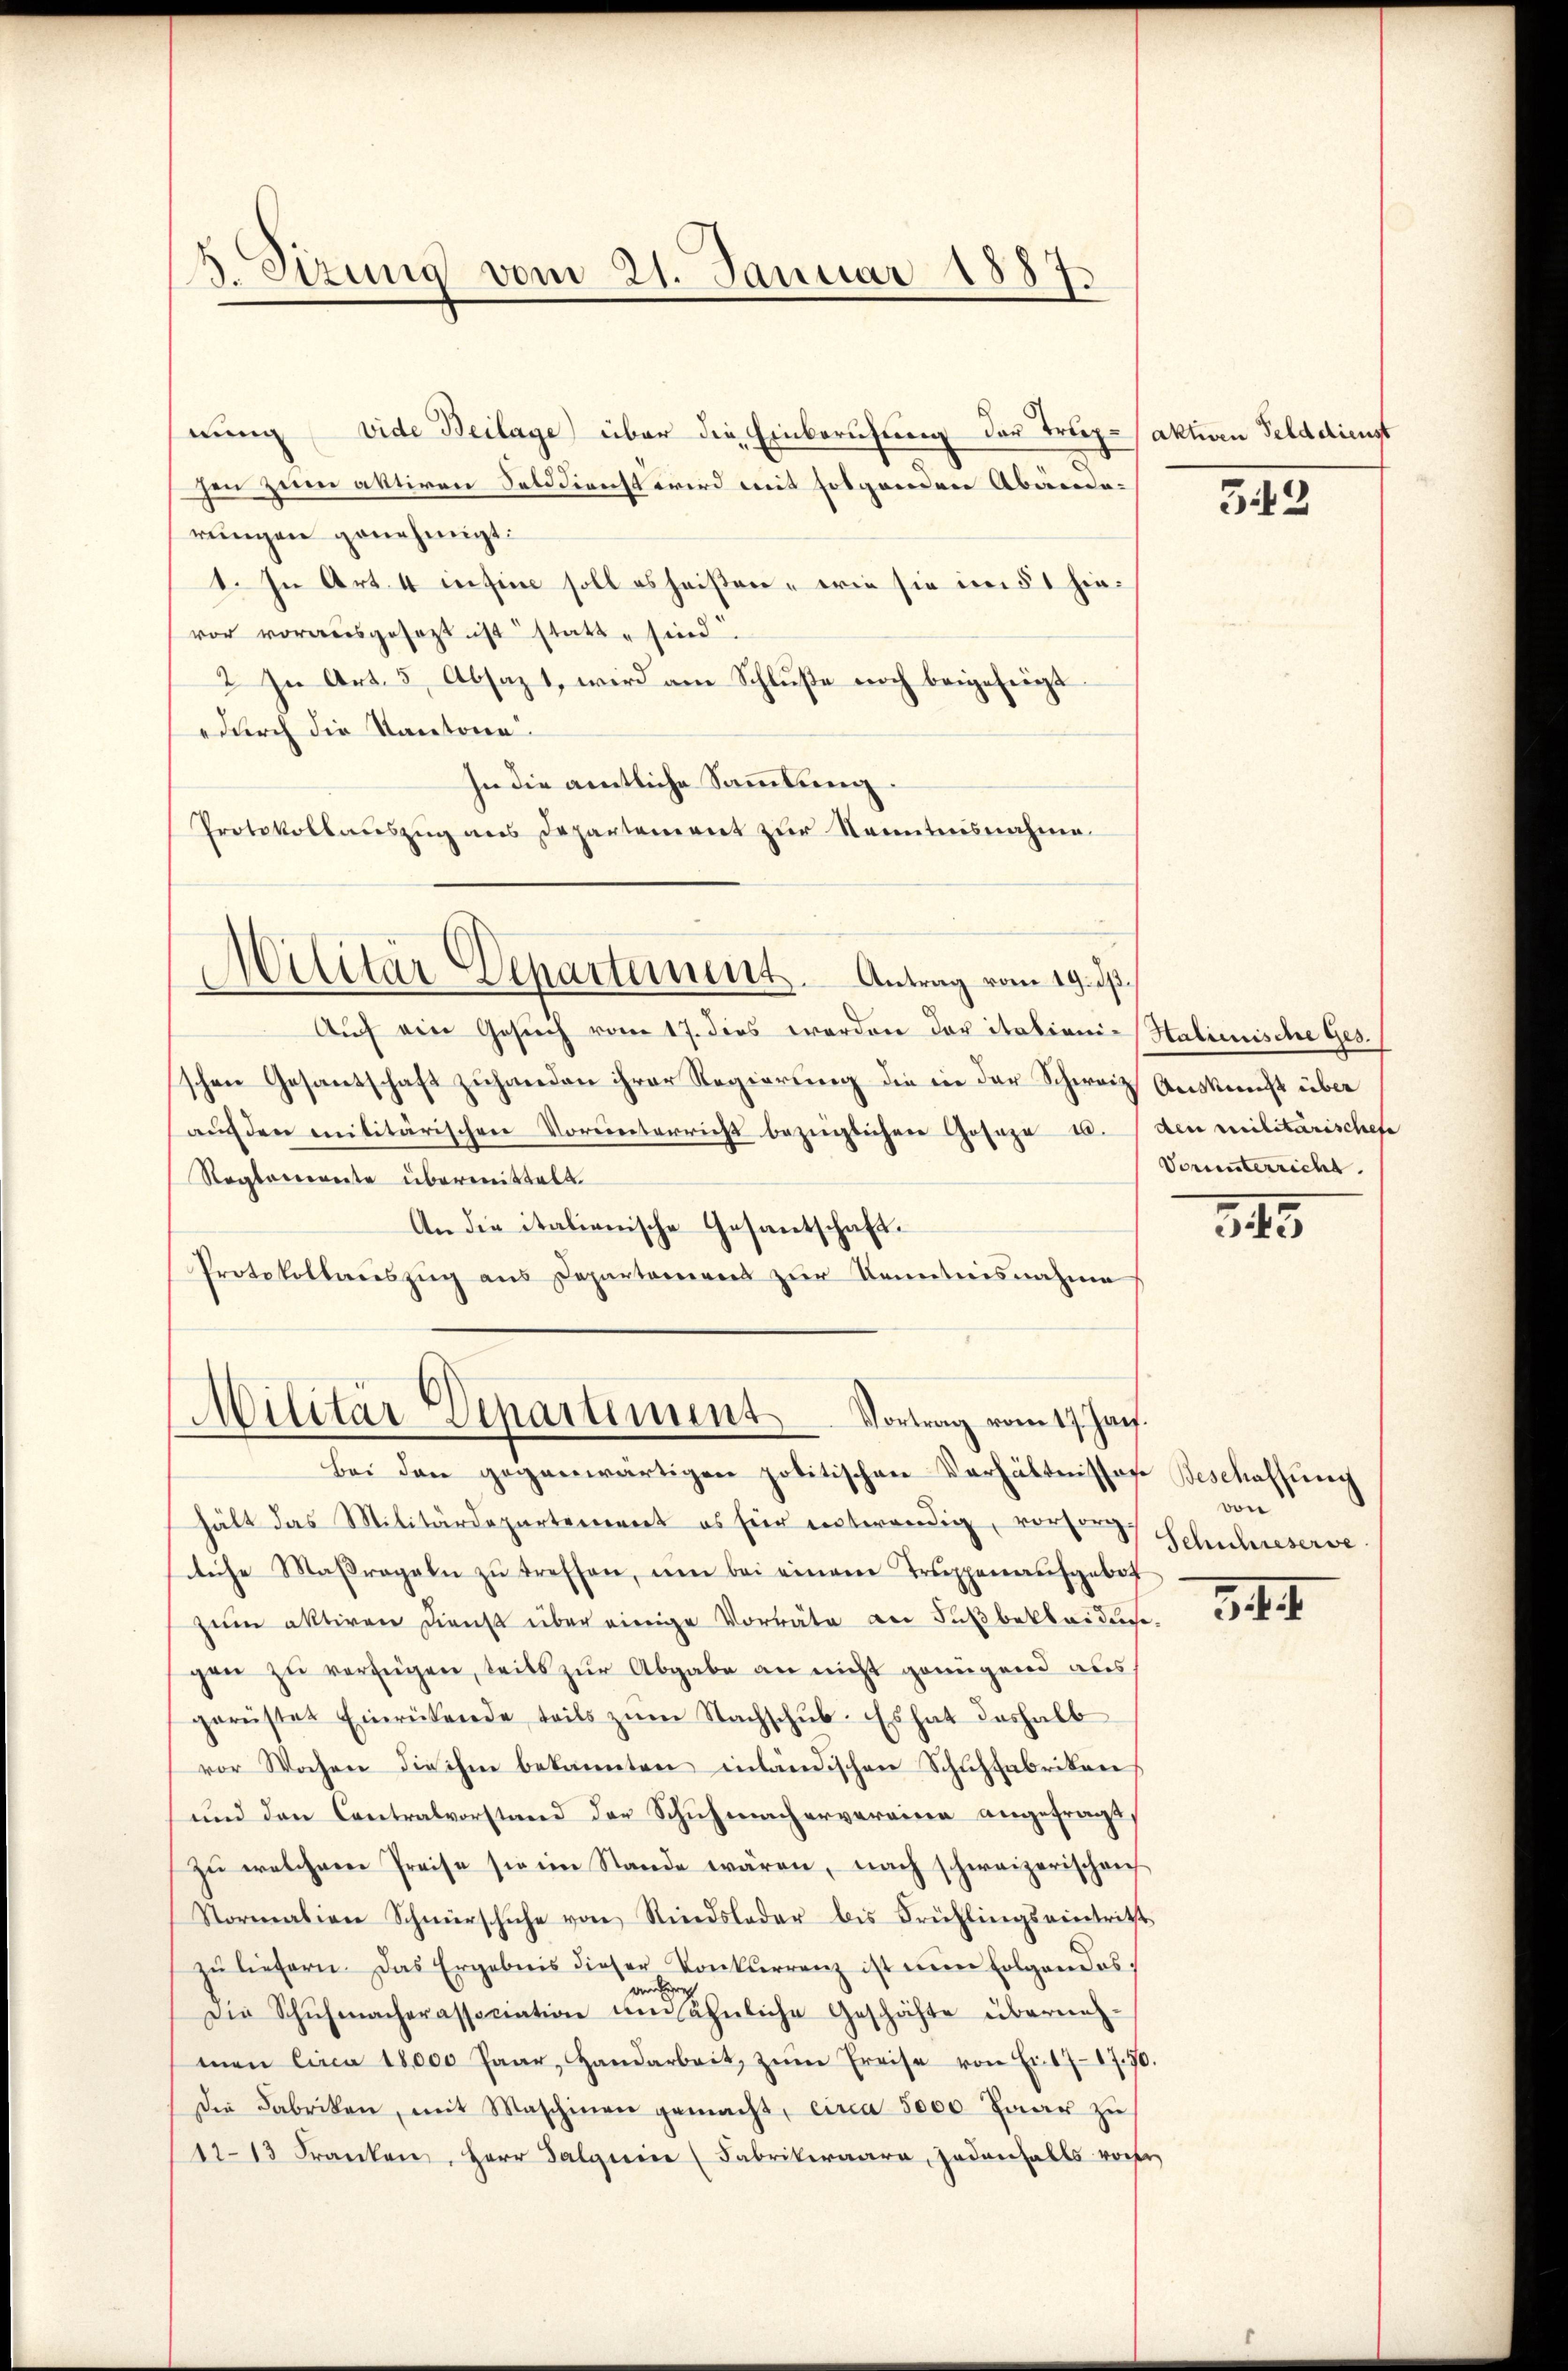
3. Sizung vom 21. Januar 1887.

Militär Departement. Antrag vom 19. ds.

nung vide Beilage) über die Einberufung der Trephen zum aktiven Solddirecht wird mit folgendere Abrede
rungen genehmigt.
1. In Art. 4 in sie soll es heisten, wie sie im § 1 hie
vor vorausgesezt ist statt, sind.
2 In Art. 5 Absaz 1, wird am Schluße noch beigezeigt
durch die Kantone.
In die amtliche Sammlung.
Protokollauszug aus Departement zur Kenntnisnahme

Militär Departement. Vortrag vom 17. Jan.

aktiven Felddienst

e

Auf ein Gesuch vom 17. dies worden der italieni-Halienische Ges.
schen Gesandschaft zuhanden ihrer Regierung die in der Schweiz Auskunft über
aŭf den militärischen Vorunterricht bezüglichen Gosaze u.
Reglemente übermittelt.
An die italienische Gesantschaft.
Protokollarszŭg ans Departemens zŭr Kenntnisnahme

bei den gegenwärtigen politischen Verhältnisses Beschaffung
hält das Militärdepartement es für entwendig, verte Schuhieserve
liche Maßregeln zŭ treffen, um bei einem Truppenaufgebot
zŭm aktiven Dienst über einige Vorräte an Fußbekleidige,
gen zŭ verfügen, teils zŭr Abgabe an nicht genügend aus,
gerüstet Einrükende teils zŭm Nachschŭb. Es hat deshalb
vor Wochen die ihm bekannten inländischen Schuhfabriken
und den Contralvorstand der Schuhmachervereine angefragt
zŭ welchem Preise sie im Stande wären, nach schweizerischen
Normation Schnürschuhe von Rindsloder bis Frühlings eintritt
zŭ liefern. Das Ergebnis dieser Konkurrenz ist einer Folgendos.
an reg
Die Schŭhmacherassociation um ähnliche Geschächte überneh-
men Circa 18,000 Paar, Handarbeit, zŭm Preise von Ei. 171750.
Die Fabriken, mit Maschinen gemacht, circa 5000 Paar zu
11-13 Franken, Herr Salgerie (Fabrikeraara, jedenfalls vorhe

342

den Militarischehe
Vorunterricht.

545

von

3.1.7.